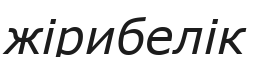
жірибелік